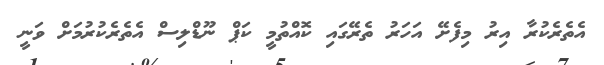
އެތެރެކުރާ އިރު މިފެށޭ އަހަރު ތެރޭގައި ކޮއްތުމީ ކަޕް ނޫޑްލިސް އެތެރެކުރުމަށް ވަނީ